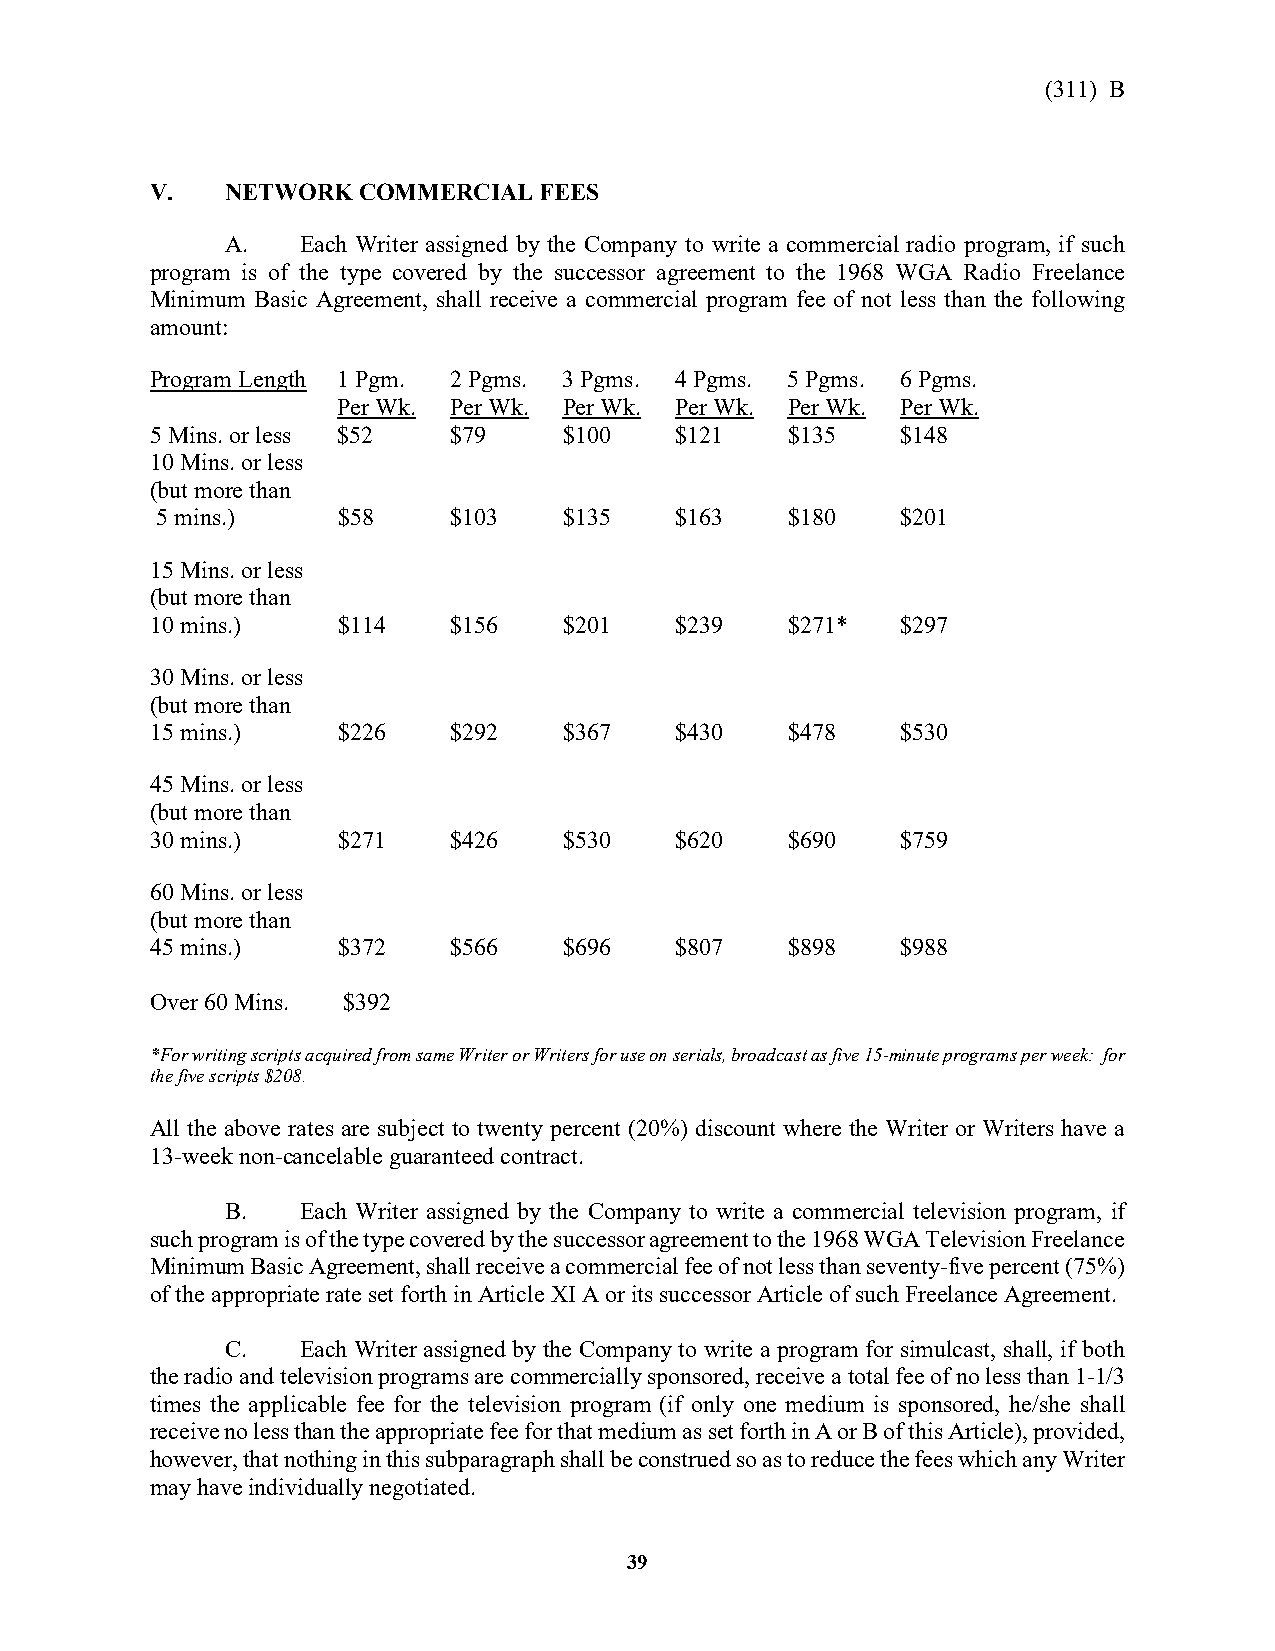
(311) B
 V.   NETWORK  COMMERCIAL  FEES
 A.   Each Writer assigned by the Company to write a commercial radio program, if such
 program is of the type covered by the successor agreement to the 1968 WGA Radio Freelance
 Minimum Basic Agreement, shall receive a commercial program fee of not less than the following
 amount:
 Program Length 1 Pgm. 2 Pgms. 3 Pgms. 4 Pgms. 5 Pgms. 6 Pgms.
 Per Wk. Per Wk. Per Wk. Per Wk. Per Wk. Per Wk.
 5 Mins. or less $52 $79    $100    $121   $135    $148
 10 Mins. or less
 (but more than
 5 mins.)    $58     $103   $135    $163   $180    $201
 15 Mins. or less
 (but more than
 10 mins.)   $114    $156   $201    $239   $271*   $297
 30 Mins. or less
 (but more than
 15 mins.)   $226    $292   $367    $430   $478    $530
 45 Mins. or less
 (but more than
 30 mins.)   $271    $426   $530    $620   $690    $759
 60 Mins. or less
 (but more than
 45 mins.)   $372    $566   $696    $807   $898    $988
 Over 60 Mins. $392
 *For writing scripts acquired from same Writer or Writers for use on serials, broadcast as five 15-minute programs per week: for
 the five scripts $208.
 All the above rates are subject to twenty percent (20%) discount where the Writer or Writers have a
 13-week non-cancelable guaranteed contract.
 B.   Each Writer assigned by the Company to write a commercial television program, if
 such program is of the type covered by the successor agreement to the 1968 WGA Television Freelance
 Minimum Basic Agreement, shall receive a commercial fee of not less than seventy-five percent (75%)
 of the appropriate rate set forth in Article XI A or its successor Article of such Freelance Agreement.
 C.   Each Writer assigned by the Company to write a program for simulcast, shall, if both
 the radio and television programs are commercially sponsored, receive a total fee of no less than 1-1/3
 times the applicable fee for the television program (if only one medium is sponsored, he/she shall
 receive no less than the appropriate fee for that medium as set forth in A or B of this Article), provided,
 however, that nothing in this subparagraph shall be construed so as to reduce the fees which any Writer
 may have individually negotiated.
 39